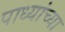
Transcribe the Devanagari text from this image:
पाध्यांच्या